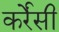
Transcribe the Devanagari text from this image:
कर्रेंसी